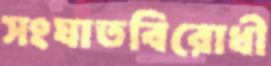
সংঘাতবিরোধী